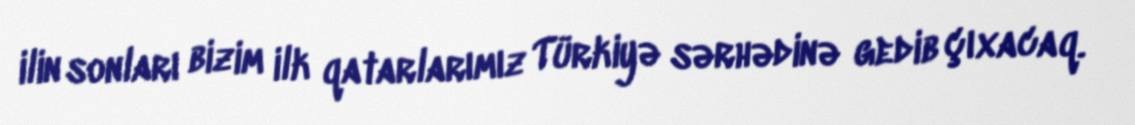
ilin sonları bizim ilk qatarlarımız Türkiyə sərhədinə gedib çıxacaq.